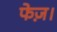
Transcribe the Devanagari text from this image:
फेज़।